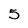
Character: 5